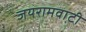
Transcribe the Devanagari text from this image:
जयरामवाटी